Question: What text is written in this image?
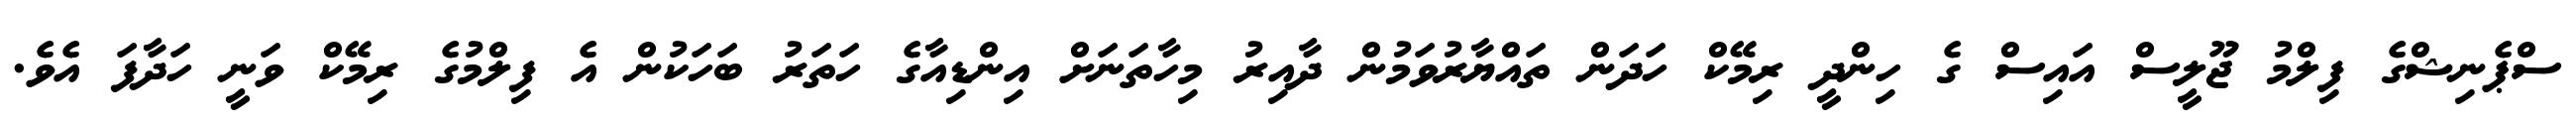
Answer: ސްޕެނިޝްގެ ފިލްމު ޖޫލީސް އައިސް ގެ ހިންދީ ރިމޭކް ހަދަން ތައްޔާރުވަމުން ދާއިރު މިހާތަނަށް އިންޑިއާގެ ހަތަރު ބަހަކުން އެ ފިލްމުގެ ރިމޭކް ވަނީ ހަދާފަ އެވެ.